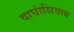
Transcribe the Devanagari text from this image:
वाघांशिवाय